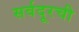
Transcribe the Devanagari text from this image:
सर्वदूरची